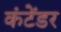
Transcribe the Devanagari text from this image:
कंटेंडर